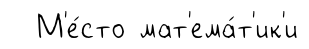
М'е́сто мат'ема́т'ик'и